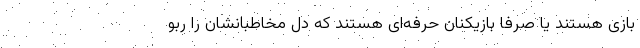
بازی هستند یا صرفا بازیکنان حرفه‌ای هستند که دل مخاطبانشان را ربو